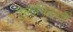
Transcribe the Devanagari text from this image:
टेलीफिल्मों